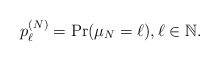
\begin{align*}p_{\ell}^{(N)} = \Pr(\mu_{N} = \ell), \ell \in \mathbb{N}.\end{align*}